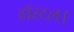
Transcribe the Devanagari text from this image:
हॉस्टल।